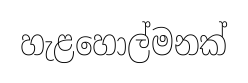
හැළහොල්මනක්